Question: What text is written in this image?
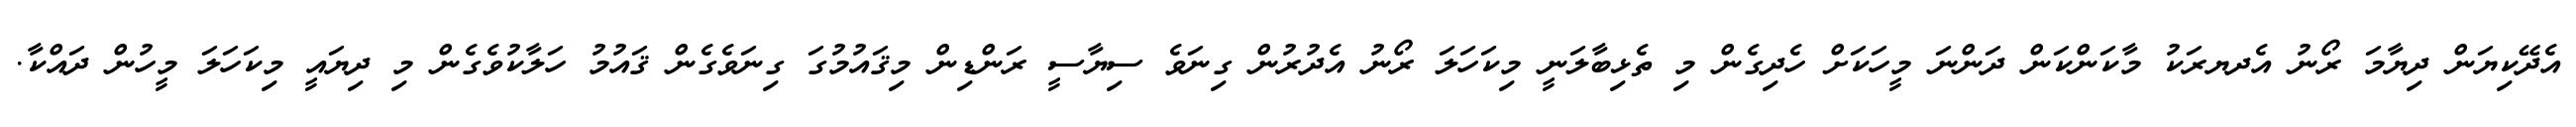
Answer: އެދޭކިޔަން ދިޔާމަ ރޯނު އެދޔރަކު މާކަންކަން ދަންނަ މީހަކަށް ހެދިގެން މި ތެޅިބާލަނީ މިކަހަލަ ރޯނު އެދުރުން ގިނަވެ ސިޔާސީ ރަންޑިން މިޤައުމުގަ ގިނަވެގެން ޤައުމު ހަލާކުވެގެން މި ދިޔައީ މިކަހަލަ މީހުން ދައްކާ.